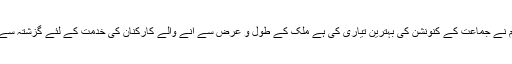
انہوں نے کہا کہ اس سال ہم نے جماعت کے کنونشن کی بہترین تیاری کی ہے ملک کے طول و عرض سے آنے والے کارکنان کی خدمت کے لئے گزشتہ سے بہتر اقدامات کر رہے ہیں۔